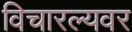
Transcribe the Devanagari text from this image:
विचारल्यवर